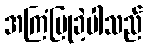
အကြံပြုခဲ့ပါသည်